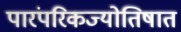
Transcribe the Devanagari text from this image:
पारंपरिकज्योतिषात